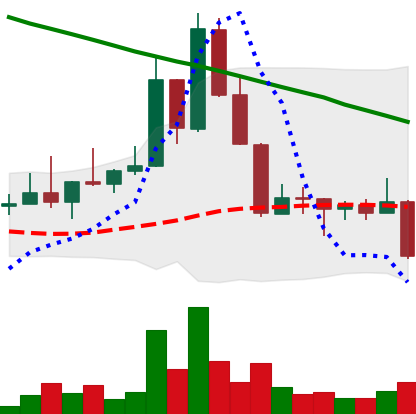
Ticker: DOGE-USD
Chart end date: 2022-08-26
Forward return: -3.527%
Label: down_3_5